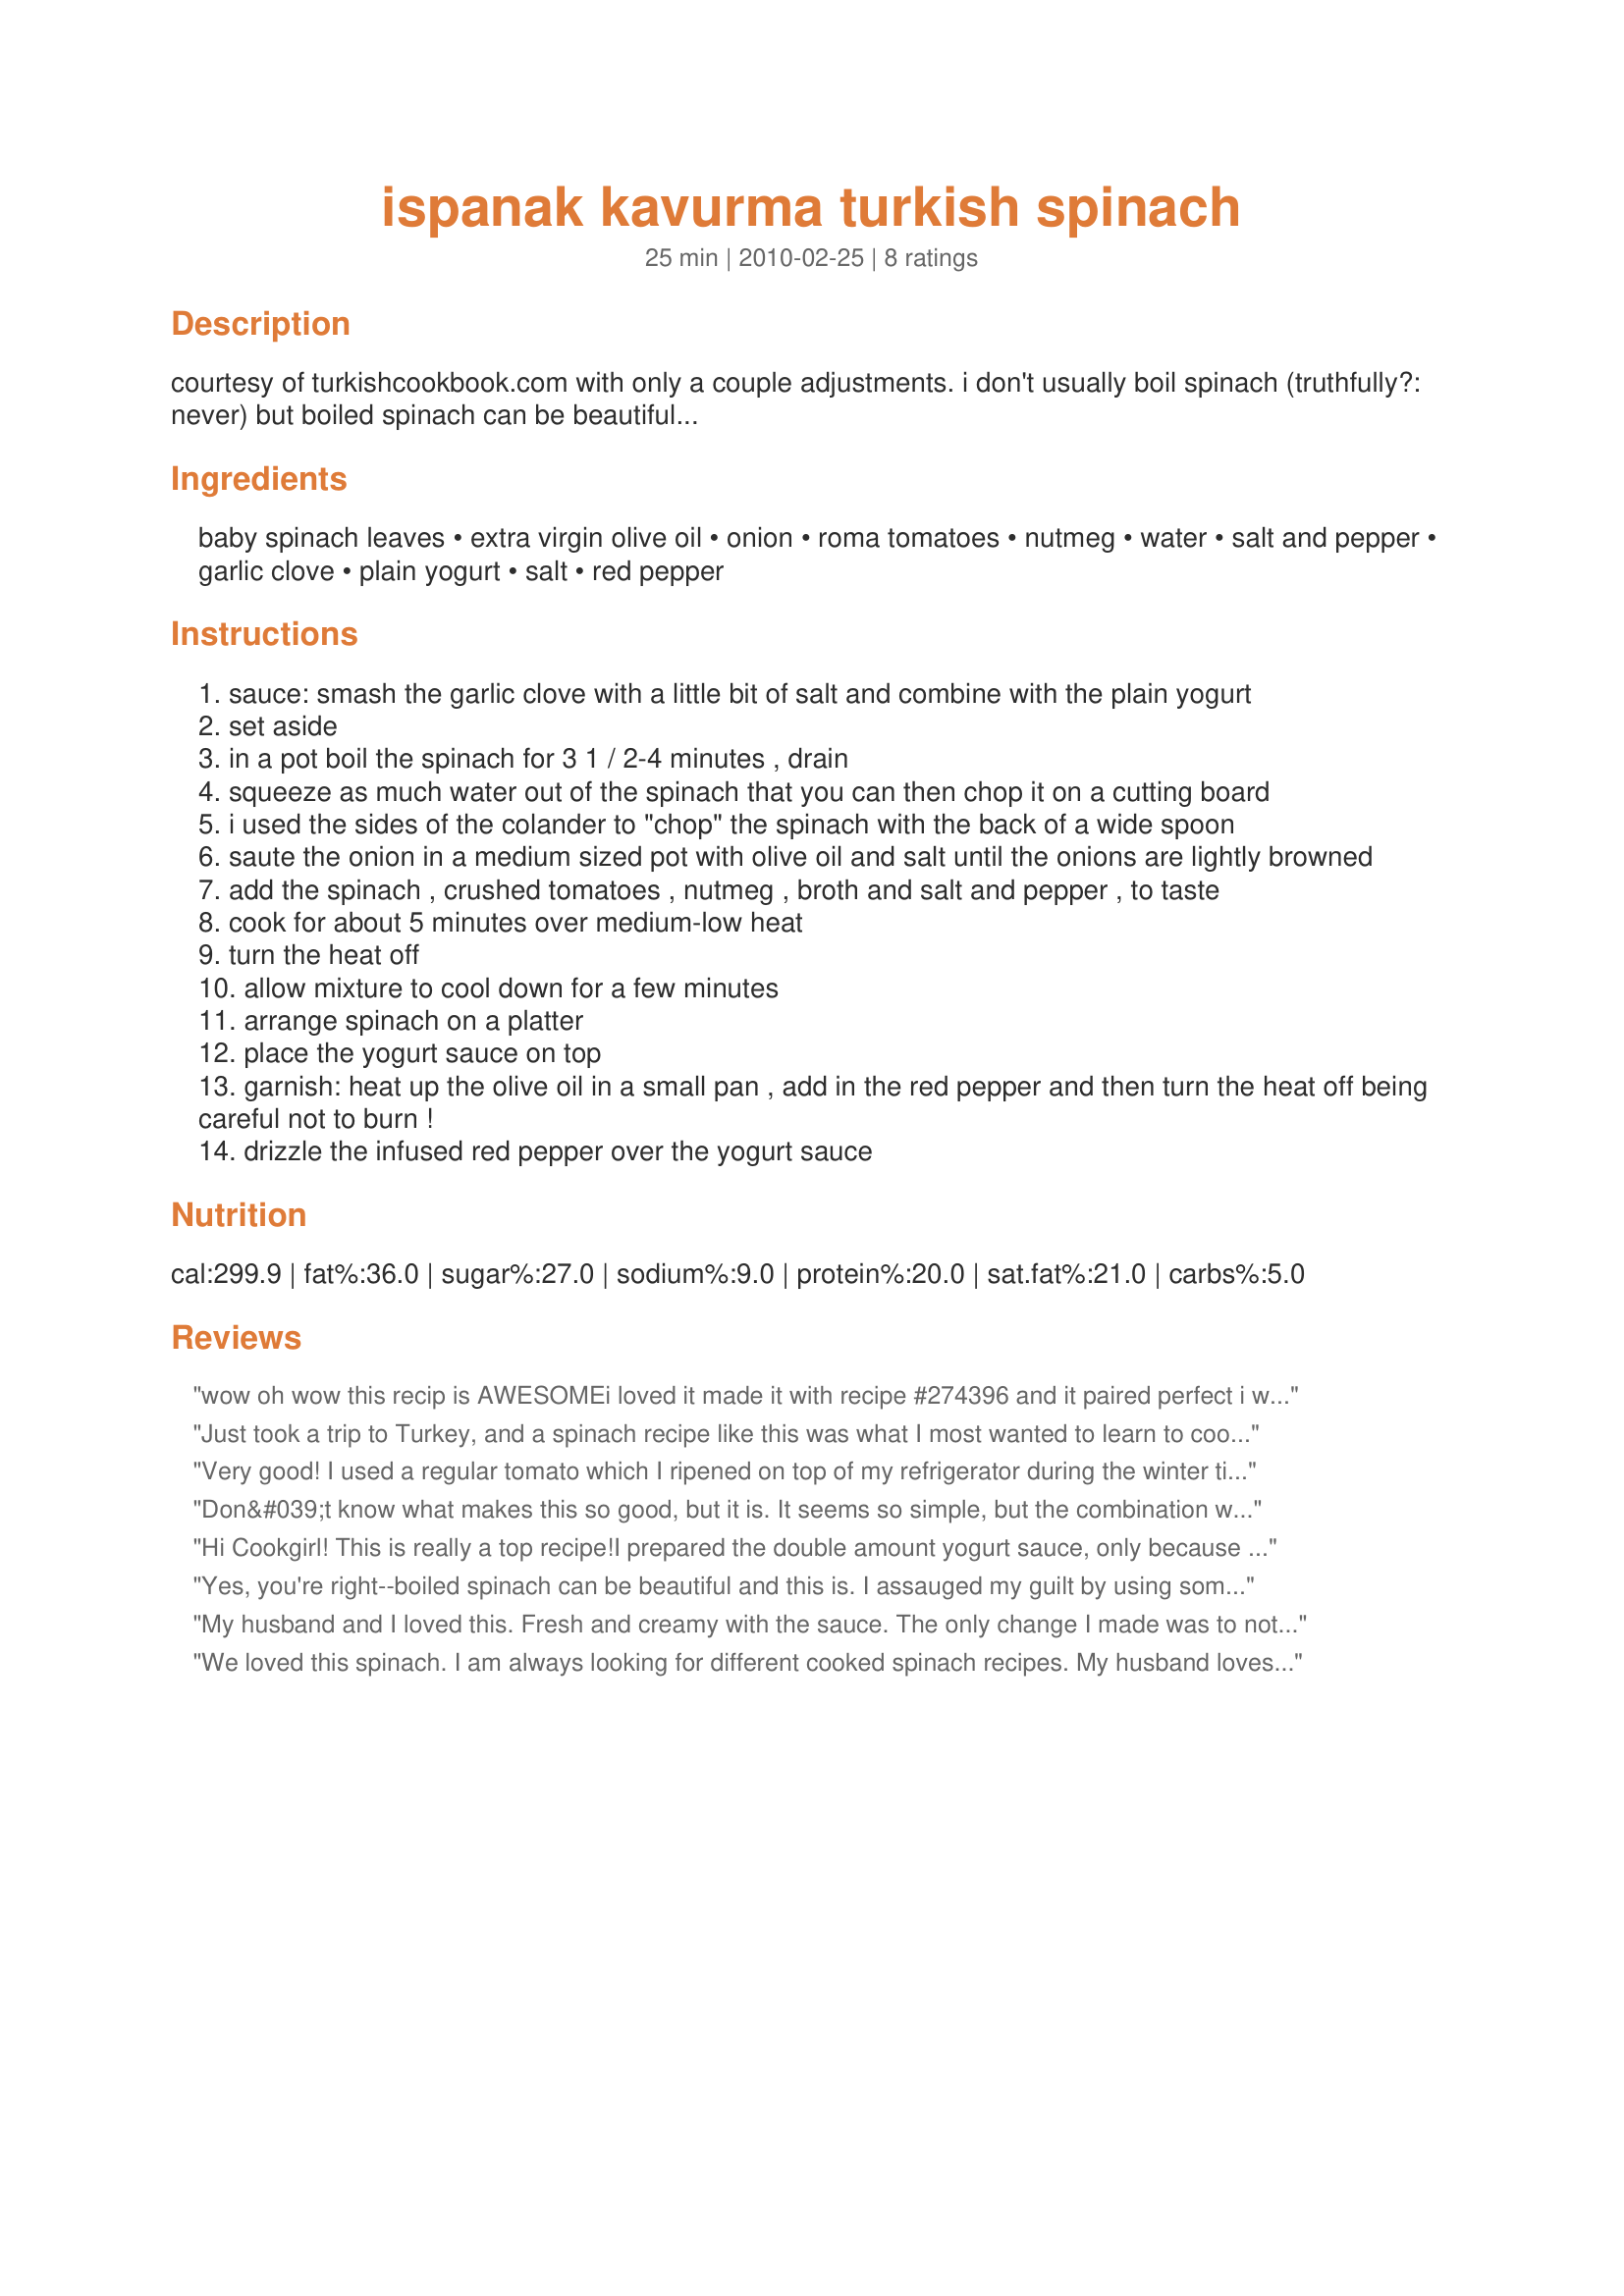
ispanak kavurma turkish spinach
Preparation time: 25 minutes

courtesy of turkishcookbook.com with only a couple adjustments. i don't usually boil spinach (truthfully?: never) but boiled spinach can be beautiful...

Ingredients:
baby spinach leaves, extra virgin olive oil, onion, roma tomatoes, nutmeg, water, salt and pepper, garlic clove, plain yogurt, salt, red pepper

Steps:
sauce: smash the garlic clove with a little bit of salt and combine with the plain yogurt
set aside
in a pot boil the spinach for 3 1 / 2-4 minutes , drain
squeeze as much water out of the spinach that you can then chop it on a cutting board
i used the sides of the colander to "chop" the spinach with the back of a wide spoon
saute the onion in a medium sized pot with olive oil and salt until the onions are lightly browned
add the spinach , crushed tomatoes , nutmeg , broth and salt and pepper , to taste
cook for about 5 minutes over medium-low heat
turn the heat off
allow mixture to cool down for a few minutes
arrange spinach on a platter
place the yogurt sauce on top
garnish: heat up the olive oil in a small pan , add in the red pepper and then turn the heat off being careful not to burn !
drizzle the infused red pepper over the yogurt sauce

Reviews:
wow oh wow this recip is AWESOMEi loved it made it with recipe #274396 and it paired perfect i will be making this again
Just took a trip to Turkey, and a spinach recipe like this was what I most wanted to learn to cook. This was excellent. I&#039;d still like to experiment with adding some other spices but don&#039;t quite know where to begin. Cinnamon maybe?
Very good! I used a regular tomato which I ripened on top of my refrigerator during the winter time then I peeled off the skin before chopping/crushing up. I used fresh allspice in a smaller quantity in place of the nutmeg as we do not consume intoxicants. Backed by Chef Kate's idea I used part of the cooking liquid as the liquid in the recipe. Great idea. I used sea salt and freshly ground black pepper, sweet paprika and cayenne to taste. We ate this as a dip with rice crackers! I would like to make this for DH as a side dish. Made for Veggie Swap 31 ~ February 2011.
Don&#039;t know what makes this so good, but it is. It seems so simple, but the combination was great. It worked with fat free yogurt.
Hi Cookgirl! This is really a top recipe!<br/>I prepared the double amount yogurt sauce, only because we like it a lot!<br/>Delicious! Thanks for sharing!
Yes, you're right--boiled spinach can be beautiful and this is. I assauged my guilt by using some of the water I boiled the spinach in for the liquid in the recipe. I was intrigued by the use of nutmeg in this Turkish dish--Italians put nutmeg in spinach all the time--is this a Silk Road/Spice Trade thing that Italians learned from Turks way back when? It's delicious in this--I used really nice grape tomatoes, chopped up, and fresh grated nutmeg and the garlic yogurt sauce. I skipped the final garnish--I didn't want more oil or the heat--I really enjoyed this and will make it again. Thanks, CG!
My husband and I loved this. Fresh and creamy with the sauce. The only change I made was to not make the garnish step, instead I just put a bottle of hot sauce on the table ( I used it but hubby did not ). Look at all that nutrition & yummy too.
We loved this spinach. I am always looking for different cooked spinach recipes. My husband loves a spinach salad, but I do not. He always buys too much, so I get to cook some for me!
